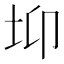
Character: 𡊁